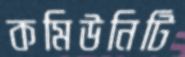
কমিউনিটি